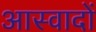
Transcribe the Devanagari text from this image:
आस्वादों